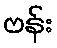
ဗန်း